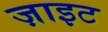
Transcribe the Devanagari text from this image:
ज़ाइट